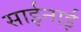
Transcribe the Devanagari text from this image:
साईनाई